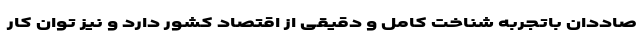
صاددان باتجربه شناخت کامل و دقیقی از اقتصاد کشور دارد و نیز توان کار